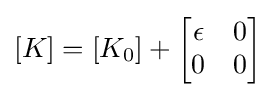
[K]=[K_{0}]+{\begin{bmatrix}\epsilon &0\\0&0\end{bmatrix}}